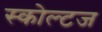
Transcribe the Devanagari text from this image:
स्कोल्टज